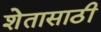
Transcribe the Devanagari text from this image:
शेतासाठी